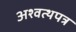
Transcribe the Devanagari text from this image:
अश्वत्थपत्र